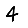
Digit: 4